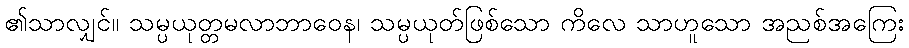
၏သာလျှင်။ သမ္ပယုတ္တမလာဘာဝေန၊ သမ္ပယုတ်ဖြစ်သော ကိလေ သာဟူသော အညစ်အကြေး